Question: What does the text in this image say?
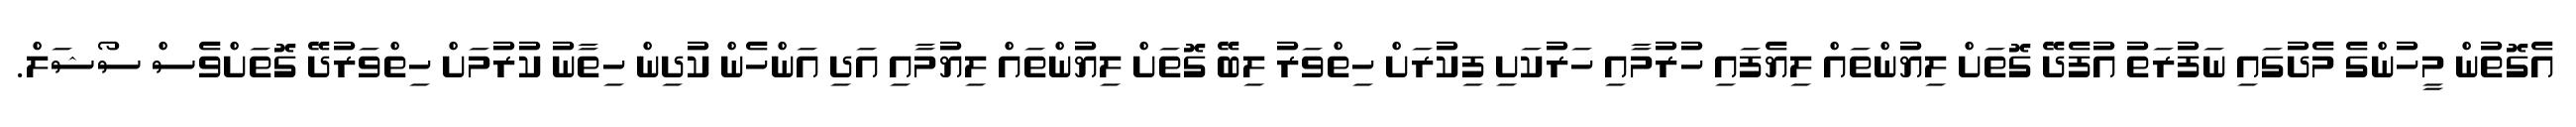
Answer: އެގޮތުން މީހުންގެ މެދުގައި ނަފުރަތު އުފެދޭ ގޮތަށް ލިޔުންތައް ލިޔެފައި ހުރުމާއި ހަރުކަށި ފިކުރަށް ހިތްވަރު ލިބޭ ގޮތަށް ލިޔުންތައް ލިޔުމާއި އަދި އަންހެން ކުދިން ހިތާނު ކުރުމަށް ހިތްވަރުދޭ ގޮތަށްވެސް ސޯޝަލް.